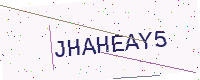
Text: JHAHEAY5